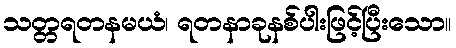
သတ္တရတနမယံ၊ ရတနာခုနစ်ပါးဖြင့်ပြီးသော။